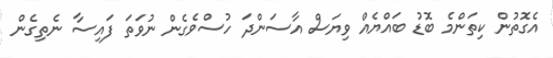
އެގޮތުން ކިތަންމެ ބޮޑު ބައްޔެއް ވިޔަސް އާސަންދަ ހުސްވެގެން ނުވަތަ ފައިސާ ނެތިގެން